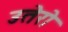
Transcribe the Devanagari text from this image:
उतेरो